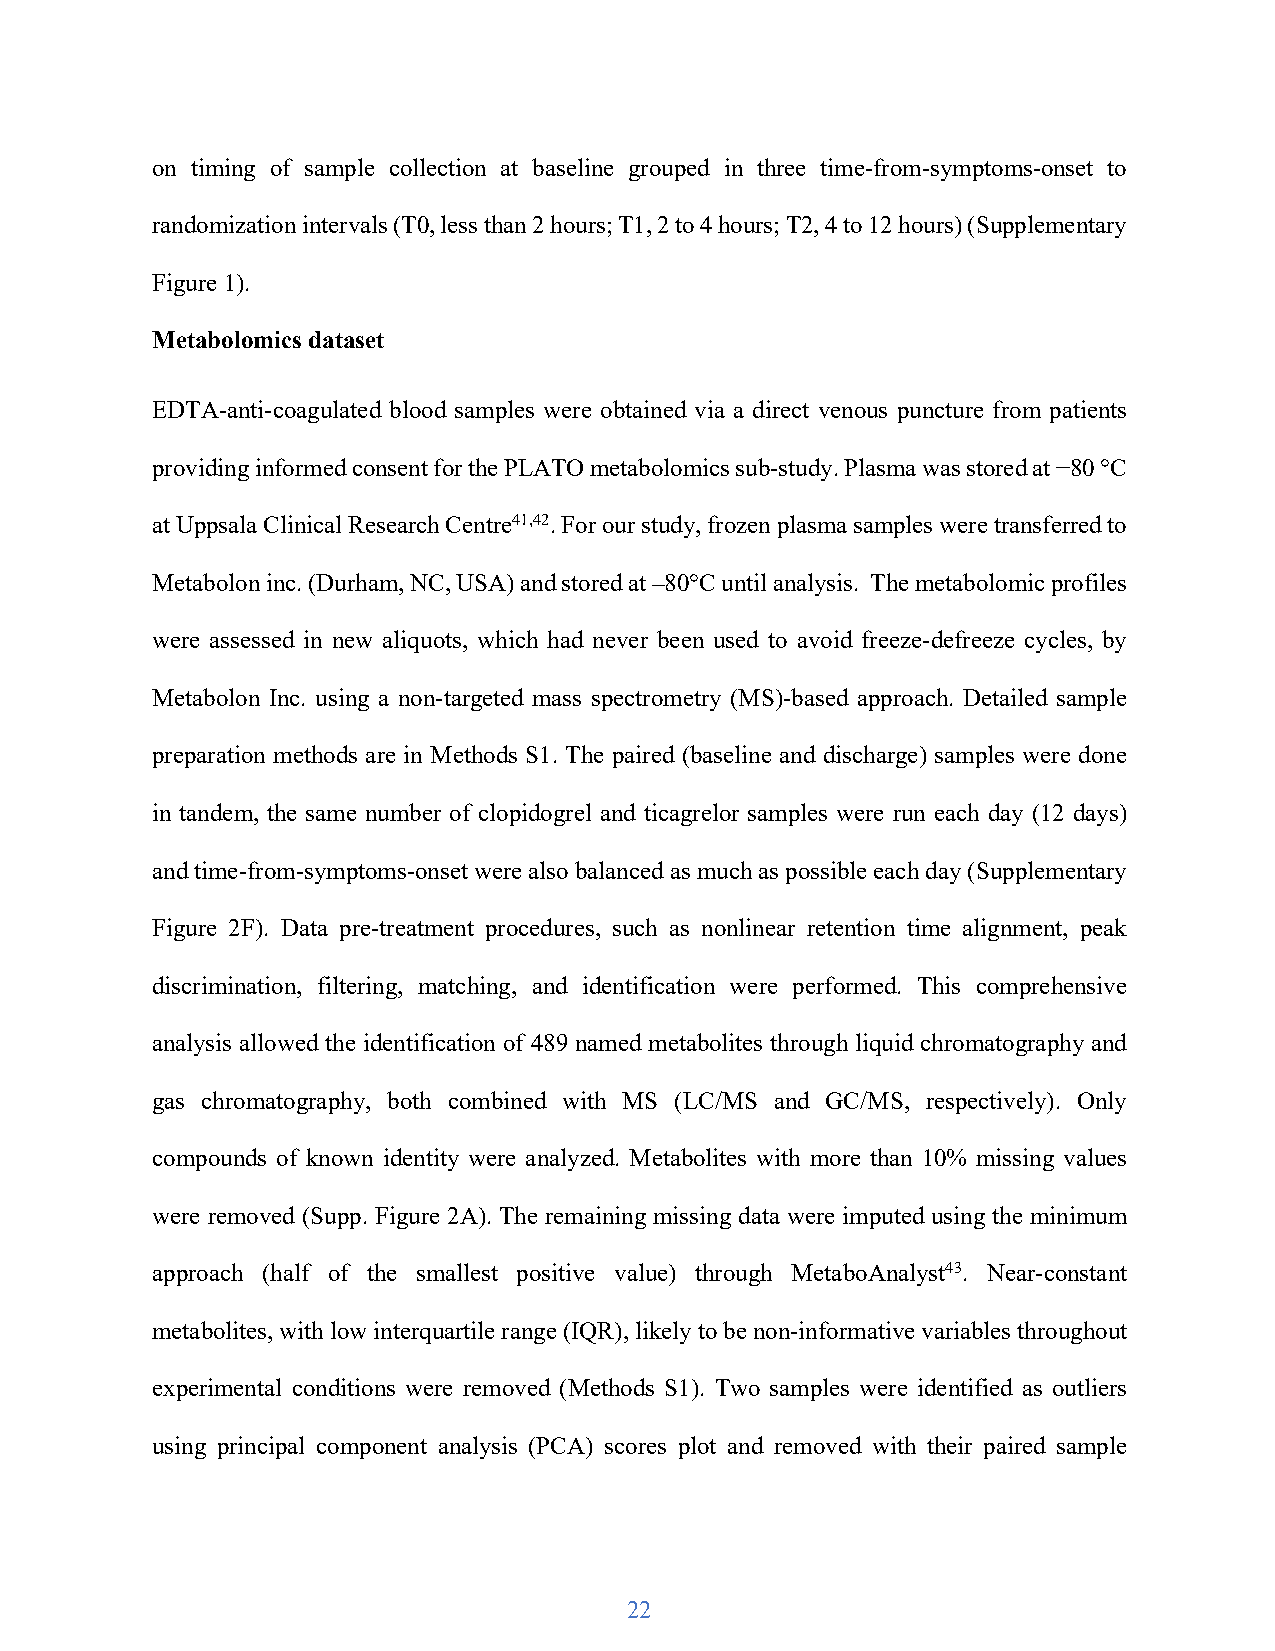
on timing of sample collection at baseline grouped in three time-from-symptoms-onset to
 randomization intervals (T0, less than 2 hours; T1, 2 to 4 hours; T2, 4 to 12 hours) (Supplementary
 Figure 1).
 Metabolomics dataset
 EDTA-anti-coagulated blood samples were obtained via a direct venous puncture from patients
 providing informed consent for the PLATO metabolomics sub-study. Plasma was stored at −80 °C
 at Uppsala Clinical Research Centre41,42. For our study, frozen plasma samples were transferred to
 Metabolon inc. (Durham, NC, USA) and stored at –80°C until analysis. The metabolomic profiles
 were assessed in new aliquots, which had never been used to avoid freeze-defreeze cycles, by
 Metabolon Inc. using a non-targeted mass spectrometry (MS)-based approach. Detailed sample
 preparation methods are in Methods S1. The paired (baseline and discharge) samples were done
 in tandem, the same number of clopidogrel and ticagrelor samples were run each day (12 days)
 and time-from-symptoms-onset were also balanced as much as possible each day (Supplementary
 Figure 2F). Data pre-treatment procedures, such as nonlinear retention time alignment, peak
 discrimination, filtering, matching, and identification were performed. This comprehensive
 analysis allowed the identification of 489 named metabolites through liquid chromatography and
 gas chromatography, both combined with MS (LC/MS and GC/MS, respectively). Only
 compounds of known identity were analyzed. Metabolites with more than 10% missing values
 were removed (Supp. Figure 2A). The remaining missing data were imputed using the minimum
 approach (half of the smallest positive value) through MetaboAnalyst43. Near-constant
 metabolites, with low interquartile range (IQR), likely to be non-informative variables throughout
 experimental conditions were removed (Methods S1). Two samples were identified as outliers
 using principal component analysis (PCA) scores plot and removed with their paired sample
 22